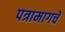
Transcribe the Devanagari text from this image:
पत्रामागचे